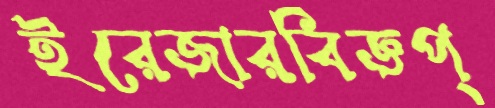
ইরেজারবিজ্ঞপ্